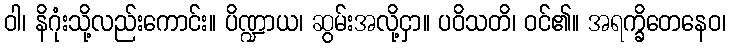
ဝါ၊ နိဂုံးသို့လည်းကောင်း။ ပိဏ္ဍာယ၊ ဆွမ်းအလို့ငှာ။ ပဝိသတိ၊ ဝင်၏။ အရက္ခိတေနေဝ၊